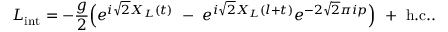
L _ { \mathrm { i n t } } = - { \frac { g } { 2 } } \Bigl ( e ^ { i \sqrt { 2 } X _ { L } ( t ) } \ - \ e ^ { i \sqrt { 2 } X _ { L } ( l + t ) } e ^ { - 2 \sqrt { 2 } \pi i p } \Bigr ) \ + \ \mathrm { h . c . } .